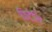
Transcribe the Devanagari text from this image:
फिटेलि